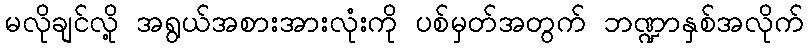
မလိုချင်လို့ အရွယ်အစားအားလုံးကို ပစ်မှတ်အတွက် ဘဏ္ဍာနှစ်အလိုက်